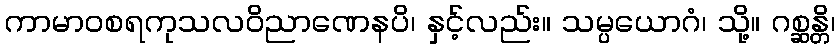
ကာမာဝစရကုသလဝိညာဏေနပိ၊ နှင့်လည်း။ သမ္ပယောဂံ၊ သို့။ ဂစ္ဆန္တိ၊